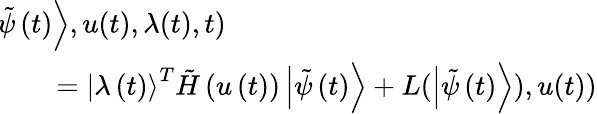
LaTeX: \begin{array}{rl}&{\! \! \! \! \! \! \! \! \! \! \! \! \! \! \! \! \mathcal{H}(\left|\tilde{\psi}\left(t\right)\right\rangle,u(t),\lambda(t),t)}\\ &{\quad=\left|\lambda\left({t}\right)\right\rangle^{{T}}\tilde{H}\left(u\left(t\right)\right)\left|\tilde{\psi}\left(t\right)\right\rangle+L(\left|\tilde{\psi}\left(t\right)\right\rangle),u(t))}\end{array}